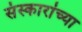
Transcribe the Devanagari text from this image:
संस्कारांच्या